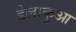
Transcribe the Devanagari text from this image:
डेलाकुआ